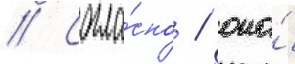
// Согла́сно / она́